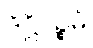
ဒိဋ္ဌိပဉ္စမံ